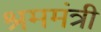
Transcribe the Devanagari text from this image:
श्रममंत्री